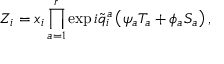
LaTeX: Z _ { i } = x _ { i } \prod _ { a = 1 } ^ { r } \exp i \widetilde { q } _ { i } ^ { a } \left( \psi _ { a } T _ { a } + \phi _ { a } S _ { a } \right) ,